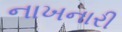
નાખનારી